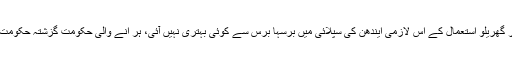
سوئی گیس کی اس صورتحال سے یہ بھی ثابت ہوتا ہے کہ صنعتی اور گھریلو استعمال کے اس لازمی ایندھن کی سپلائی میں برسہا برس سے کوئی بہتری نہیں آئی، ہر آنے والی حکومت گزشتہ حکومت کو موردالزام ٹھہراتی ہے مگر مسائل جوں کے توں برقرار رہتے ہیں۔